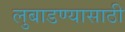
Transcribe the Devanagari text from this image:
लुबाडण्यासाठी